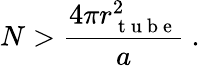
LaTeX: N>\frac{4\pi r_{\mathrm{~t~u~b~e~}}^{2}}{a}\ .